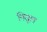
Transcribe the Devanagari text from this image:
निसूल